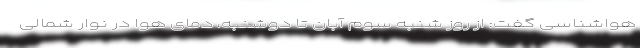
هواشناسی گفت: از روز شنبه سوم آبان تا دوشنبه، دمای هوا در نوار شمالی